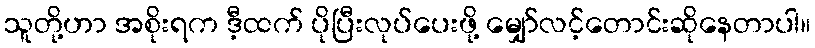
သူတို့ဟာ အစိုးရက ဒီ့ထက် ပိုပြီးလုပ်ပေးဖို့ မျှော်လင့်တောင်းဆိုနေတာပါ။